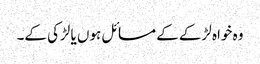
وہ خواہ لڑکے کے مسائل ہوں یا لڑکی کے۔